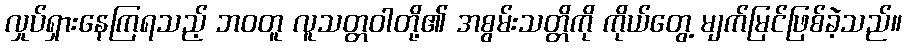
လှုပ်ရှားနေကြရသည့် ဘဝတူ လူသတ္တဝါတို့၏ အစွမ်းသတ္တိကို ကိုယ်တွေ့ မျက်မြင်ဖြစ်ခဲ့သည်။